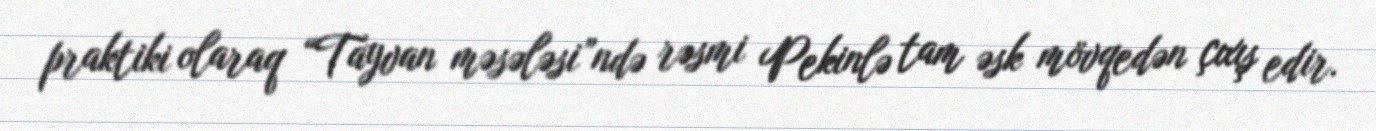
praktiki olaraq “Tayvan məsələsi”ndə rəsmi Pekinlə tam əsk mövqedən çıxış edir.